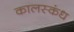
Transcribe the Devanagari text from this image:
कालस्कंध